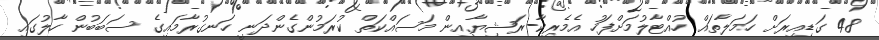
48 ގަޑިއިރަށް ހަމަލާތައް ހުއްޓާލުމަށްފަހު އެމެރިކާ-ރަޝިޔާއިން މަސައްކަތް ކުރަމުންގެންދަނީ ހަނގުރާމައިގެ ސަބަބުން ހާލުގައި